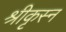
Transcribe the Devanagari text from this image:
श्रीकृस्‍न